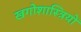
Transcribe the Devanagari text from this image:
खगोशास्त्रियों